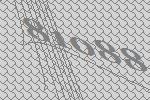
81088